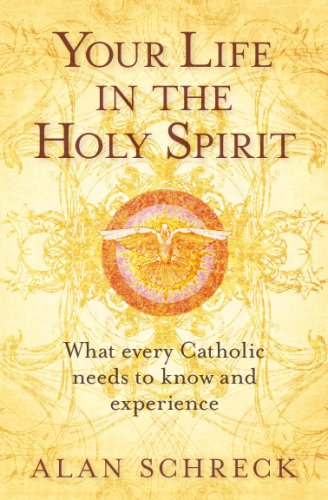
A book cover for Your Life in the Holy Spirit: What Every Catholic Needs to Know and Experience; Alan Schreck; Christian Books & Bibles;